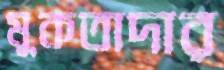
মুকতাদার